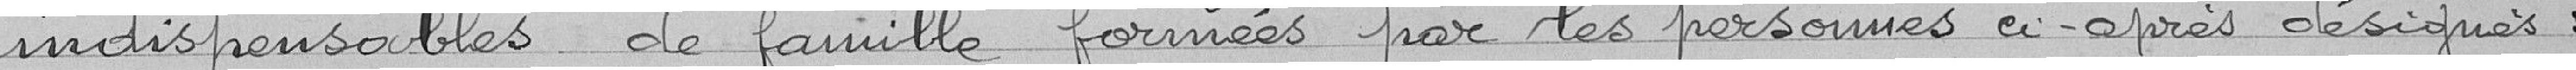
indispensables de famille formées par les personnes ci-après désignées :